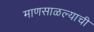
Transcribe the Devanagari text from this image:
माणसाळल्याची